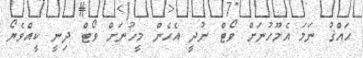
ޙައްޤު ނަމަ އެމޫހުނަށް ވޯޓް ނުދީ އެހެން މީހުނަށް ވޯޓް ދިނީ ކީއްވެޔޯ